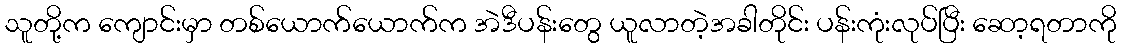
သူတို့က ကျောင်းမှာ တစ်ယောက်ယောက်က အဲဒီပန်းတွေ ယူလာတဲ့အခါတိုင်း ပန်းကုံးလုပ်ပြီး ဆော့ရတာကို